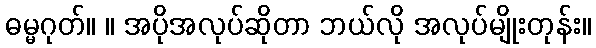
ဓမ္မဂုတ်။ ။ အပိုအလုပ်ဆိုတာ ဘယ်လို အလုပ်မျိုးတုန်း။